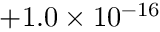
+ 1 . 0 \times 1 0 ^ { - 1 6 }